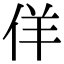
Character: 佯